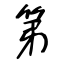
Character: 第